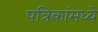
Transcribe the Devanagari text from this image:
पत्रिकांमध्ये